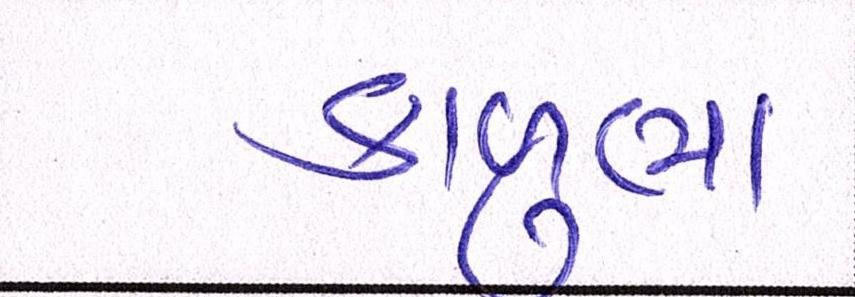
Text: કાળુભા